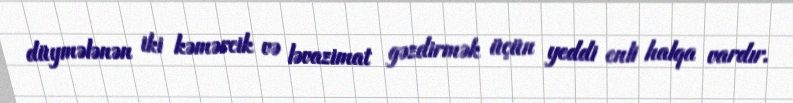
düymələnən iki kəmərcik və ləvazimat gəzdirmək üçün yeddi enli halqa vardır.